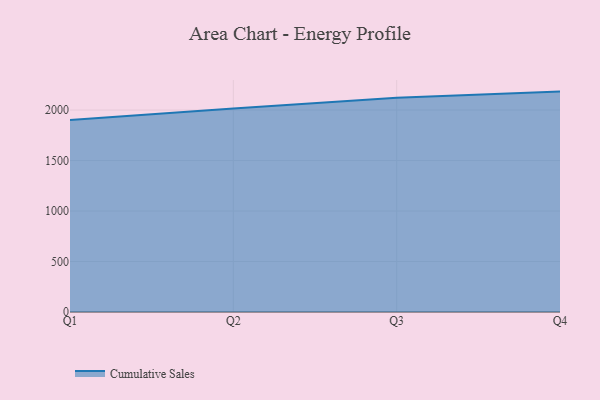
{"axis": {"x": "Quarter", "y": "Market Share (%)"}, "legend": ["Cumulative Sales"], "data": [{"x": "Q1", "y": 1900.5, "type": "Cumulative Sales"}, {"x": "Q2", "y": 2016.1, "type": "Cumulative Sales"}, {"x": "Q3", "y": 2122.2, "type": "Cumulative Sales"}, {"x": "Q4", "y": 2182.7, "type": "Cumulative Sales"}]}